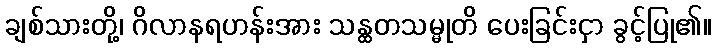
ချစ်သားတို့၊ ဂိလာနရဟန်းအား သန္ထတသမ္မုတိ ပေးခြင်းငှာ ခွင့်ပြု၏။